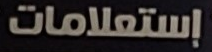
إستعلامات